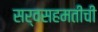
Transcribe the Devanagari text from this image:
सर्वसहमतीची